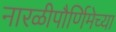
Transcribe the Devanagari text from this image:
नारळीपौर्णिमेच्या